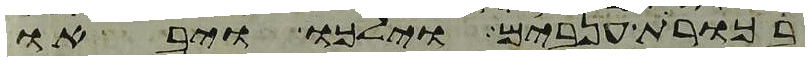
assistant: בכורת ענבים וילכו ויבאו